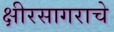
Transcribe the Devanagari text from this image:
क्षीरसागराचे